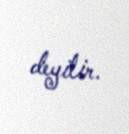
deyilir.